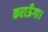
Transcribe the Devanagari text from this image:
कराऊँगा।